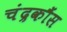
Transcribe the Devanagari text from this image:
चंद्रकौंस